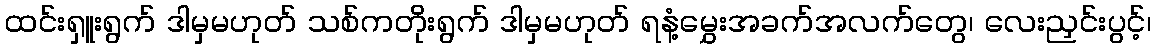
ထင်းရှူးရွက် ဒါမှမဟုတ် သစ်ကတိုးရွက် ဒါမှမဟုတ် ရနံ့မွှေးအခက်အလက်တွေ၊ လေးညှင်းပွင့်၊